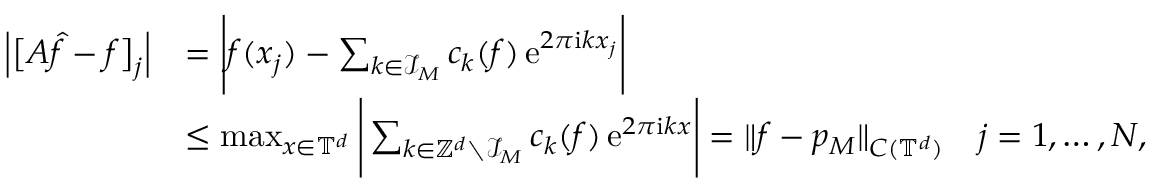
\begin{array} { r l } { \Big | \big [ \boldsymbol A \b { \hat { f } } - \boldsymbol f \big ] _ { j } \Big | } & { = \Bigg | f ( \boldsymbol x _ { j } ) - \sum _ { \boldsymbol k \in \mathcal I _ { \b { M } } } c _ { \boldsymbol k } ( f ) \, \mathrm e ^ { 2 \pi \mathrm i \boldsymbol k \boldsymbol x _ { j } } \Bigg | } \\ & { \leq \operatorname* { m a x } _ { \boldsymbol x \in \mathbb T ^ { d } } \Bigg | \sum _ { \boldsymbol k \in \mathbb Z ^ { d } \setminus \mathcal I _ { \b { M } } } c _ { \boldsymbol k } ( f ) \, \mathrm e ^ { 2 \pi \mathrm i \boldsymbol k \boldsymbol x } \Bigg | = \| f - p _ { \b { M } } \| _ { C ( \mathbb T ^ { d } ) } \quad j = 1 , \dots , N , } \end{array}